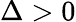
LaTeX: \Delta>0